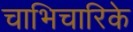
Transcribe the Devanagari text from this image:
चाभिचारिके